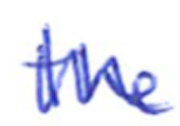
Text: the
Cross-out: zig-zag
Writing tool: ballpoint